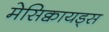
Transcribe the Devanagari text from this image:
मेसिक्वायड्स